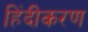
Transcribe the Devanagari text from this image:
हिंदीकरण